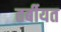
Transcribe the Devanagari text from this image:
तर्बीयत